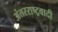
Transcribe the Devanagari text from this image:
अंतरराष्ट्रवादी